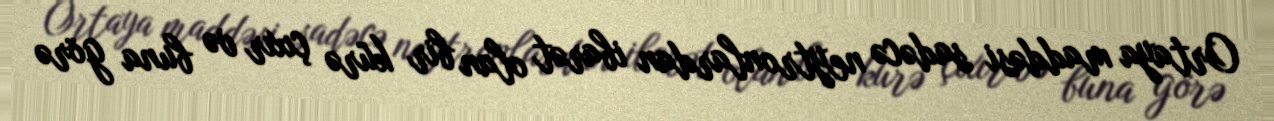
Ortaya maddəsi sadəcə neytronlardan ibarət olan bir kürə çıxır və buna görə